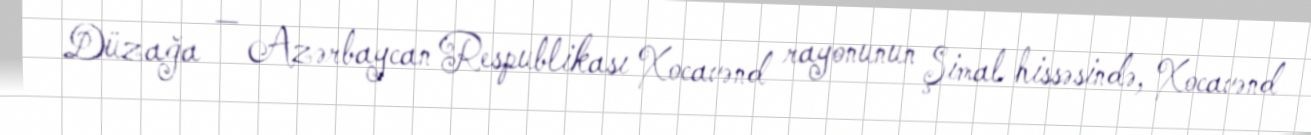
Düzağa — Azərbaycan Respublikası Xocavənd rayonunun Şimal hissəsində, Xocavənd